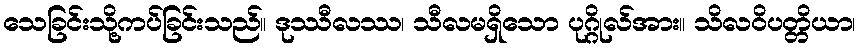
သေခြင်းသို့ကပ်ခြင်းသည်။ ဒုဿီလဿ၊ သီလမရှိသော ပုဂ္ဂိုလ်အား။ သိလဝိပတ္တိယာ၊